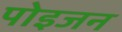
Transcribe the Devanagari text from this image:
पोइजन